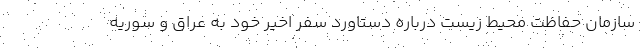
سازمان حفاظت محیط زیست درباره دستاورد سفر اخیر خود به عراق و سوریه